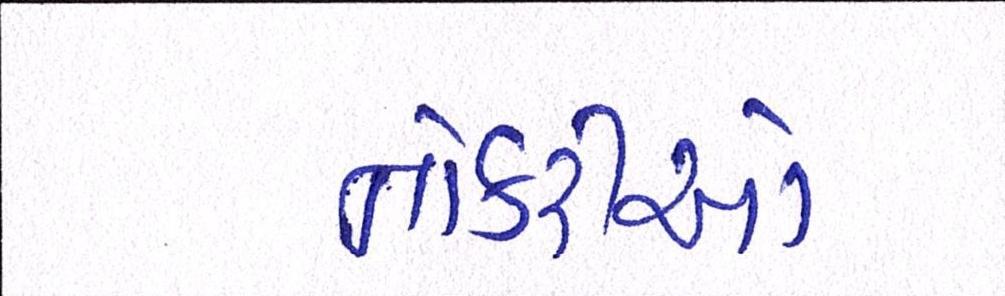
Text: નોકરીઓ